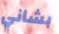
بشأني